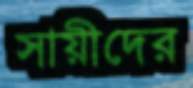
সায়ীদের